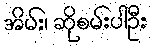
အိမ်း၊ ဆိုစမ်းပါဦး